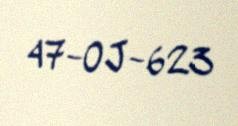
47-OJ-623